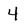
Character: 4